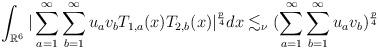
LaTeX: \begin{align*}\int_{\mathbb{R}^{6}} |\sum_{a=1}^{\infty}\sum_{b=1}^{\infty}u_{a}v_{b}T_{1,a}(x)T_{2,b}(x)|^{\frac{p}{4}}dx \lesssim_{\nu} (\sum_{a=1}^{\infty}\sum_{b=1}^{\infty}u_{a}v_{b})^{\frac{p}{4}}\end{align*}